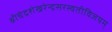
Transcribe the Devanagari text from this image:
श्रीचंद्रशेखरेन्द्रसरस्वतीविजयम्